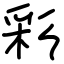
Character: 彩